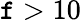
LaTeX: \mathtt{f}>10